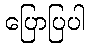
ပြောပြပါ